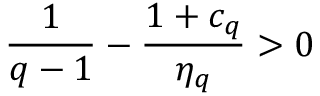
\frac { 1 } { q - 1 } - \frac { 1 + c _ { q } } { \eta _ { q } } > 0